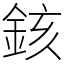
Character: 䤤